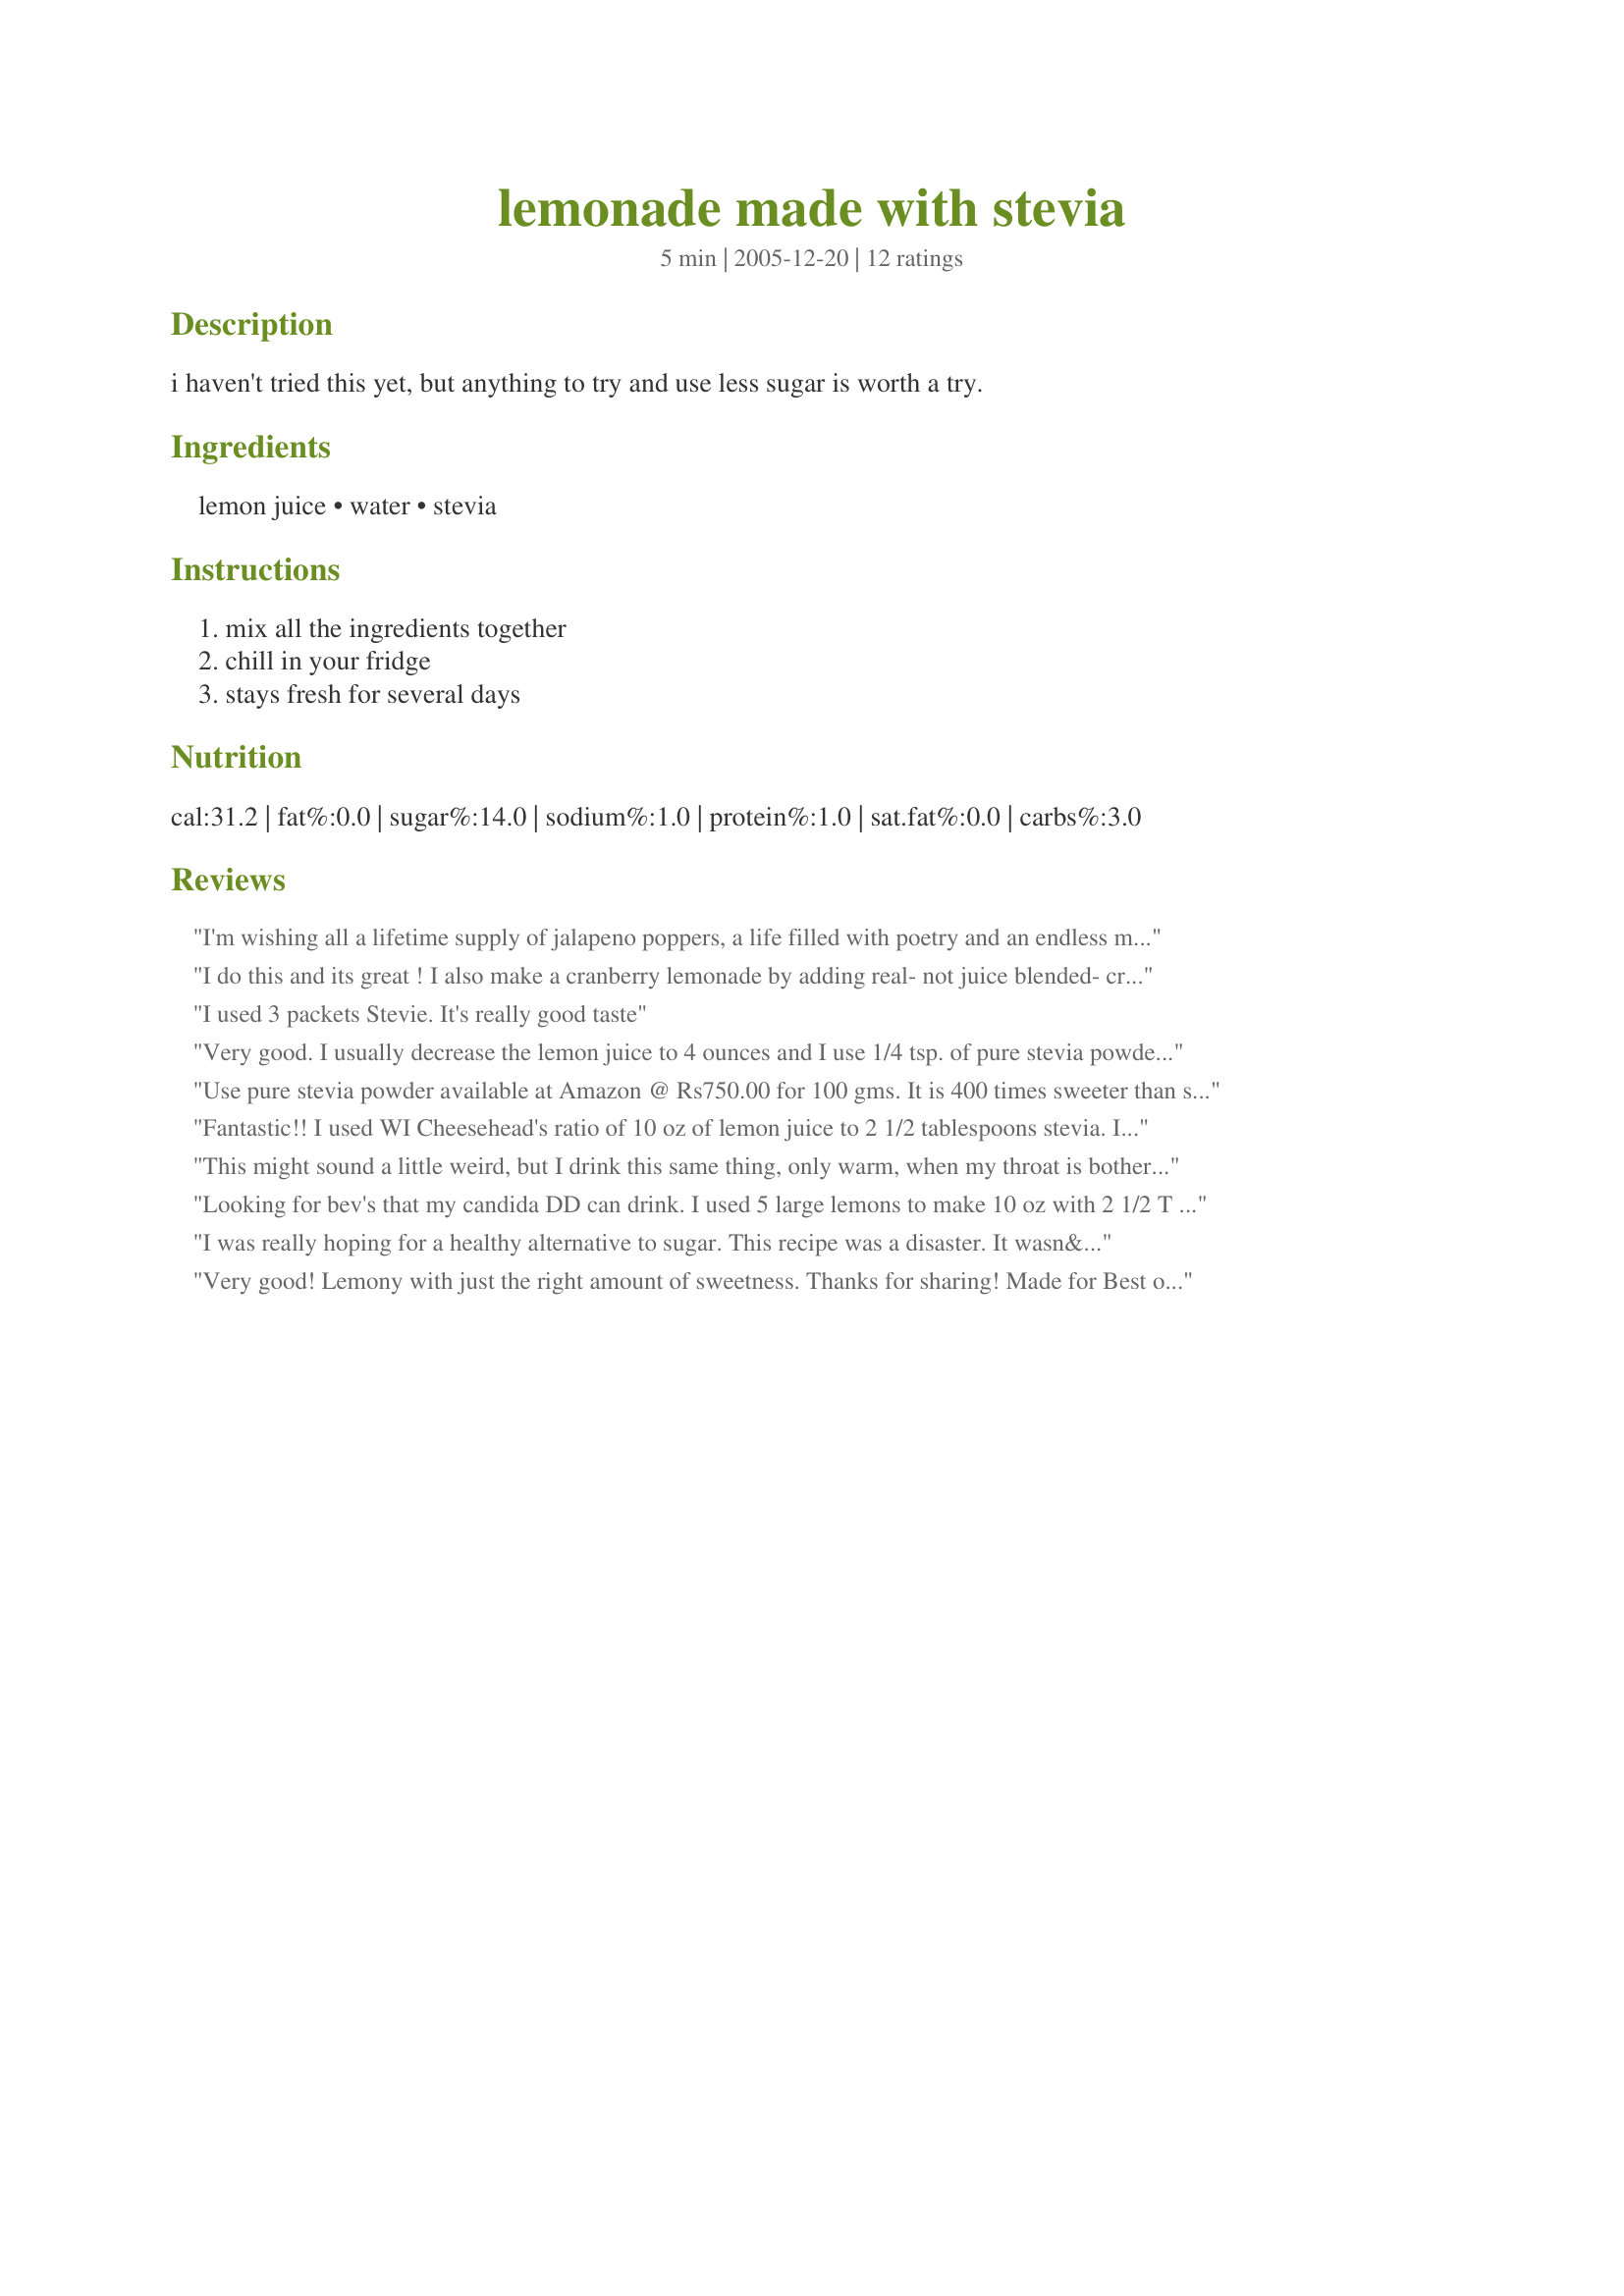
lemonade made with stevia
Preparation time: 5 minutes

i haven't tried this yet, but anything to try and use less sugar is worth a try.

Ingredients:
lemon juice, water, stevia

Steps:
mix all the ingredients together, chill in your fridge, stays fresh for several days

Reviews:
I'm wishing all a lifetime supply of jalapeno poppers, a life filled with poetry and an endless mason jar of sweet lemonade.
I do this and its great ! I also make a cranberry lemonade by adding real- not juice blended- cranberry juice to taste- very good!
I used 3 packets Stevie. It's really good taste
Very good. I usually decrease the lemon juice to 4 ounces and I use 1/4 tsp. of pure stevia powder. My 6-year-old daughter loves it. P.S. We have enjoyed this recipe for almost 2 years now.
Use pure stevia powder available at Amazon @ Rs750.00 for 100 gms. It is 400 times sweeter than sugar.
Fantastic!! I used WI Cheesehead's ratio of 10 oz of lemon juice to 2 1/2 tablespoons stevia. It is so refreshing! Thanks for the post and all of the members that tested it out!
This might sound a little weird, but I drink this same thing, only warm, when my throat is bothering me (and sometimes when my throat doesn't hurt; it's pretty tasty). I don't usually like the aftertaste of stevia, but it is relatively undetectable when combined with lemon juice. Thanks for posting!
Looking for bev's that my candida DD can drink. I used 5 large lemons to make 10 oz with 2 1/2 T of stevia blend. She likes it. UPDATE: We made this a lot over summer, therefore I am putting this into my Top Fav's of 2009 cookbook. Original Review 4-25-09.
I was really hoping for a healthy alternative to sugar. This recipe was a disaster. It wasn&#039;t sweet at all. Apparently the only true sweetener is good old fashioned sugar.
Very good! Lemony with just the right amount of sweetness. Thanks for sharing! Made for Best of 2009 tag game.
Since starting a low carb diet I have been craving lemonade! This recipe was perfect! Thank you! So refreshing!!
Great way to reduce sugar. I boiled two sprigs of rosemary in a little water, cooled, strained and added to the juice and stevia mix with a couple more fresh sprigs of rosemary. Topped up with sparkling water makes great sugar free Rosemary Lemonade!
